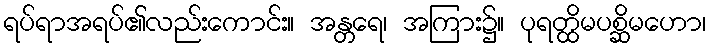
ရပ်ရာအရပ်၏လည်းကောင်း။ အန္တရေ၊ အကြား၌။ ပုရတ္ထိမပစ္ဆိမဟော၊